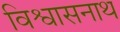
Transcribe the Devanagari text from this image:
विश्वासनाथ